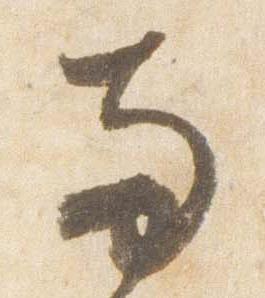
両